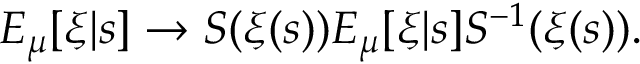
E _ { \mu } [ \xi | s ] \to S ( \xi ( s ) ) E _ { \mu } [ \xi | s ] S ^ { - 1 } ( \xi ( s ) ) .